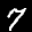
Label: 7